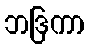
ဘဒြကာ